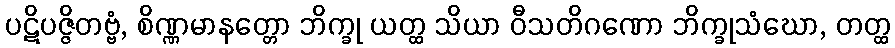
ပဋိပဇ္ဇိတဗ္ဗံ, စိဏ္ဏမာနတ္တော ဘိက္ခု ယတ္ထ သိယာ ဝီသတိဂဏော ဘိက္ခုသံဃော, တတ္ထ